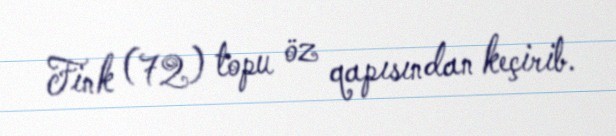
Fink (72) topu öz qapısından keçirib.